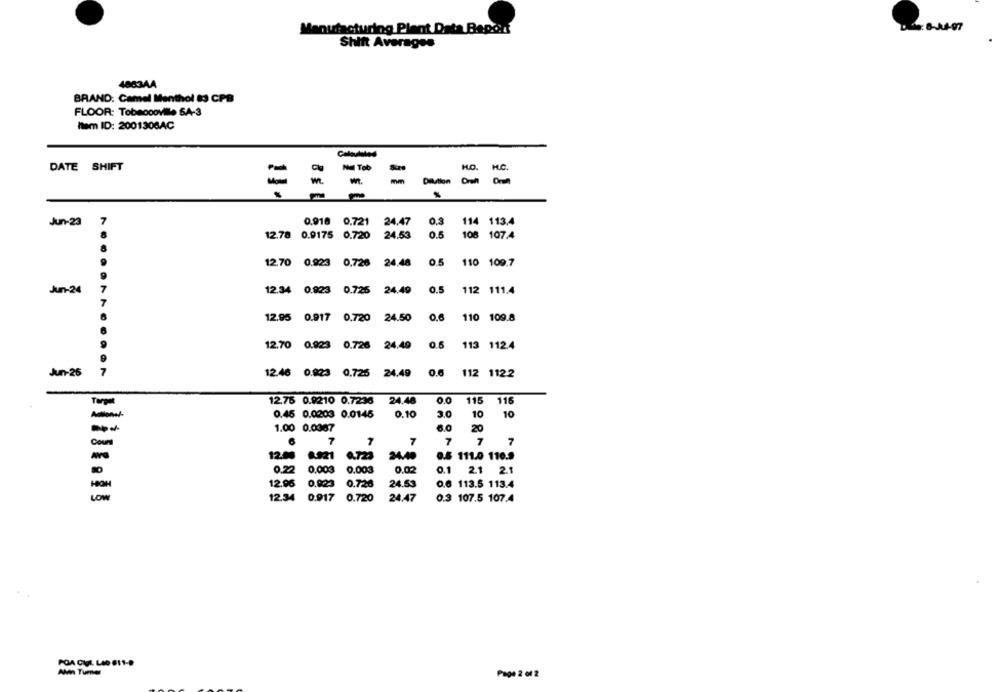
Manufacturing Plant Data Baport
Shift Averages
4883AA
BRAND: Camel Menthol 83 CPB
FLOOR: Tobaccoville SA-3
item ID: 2001306AC
DATE SHIFT
Mul Tob
HO. H.C.
mm
Dilution
7
0.918 0.721
24.47
114 113.4
Jun-23
12.78 0.9175 0.720 24.53
0.5
108 107.4
12.70 0.923 0.726
24.48
0.5
110 109.7
Jun-24
12.34 0.923 0.726
24.49
0.5
112 111.4
12.95 0.917 0.720
24.50
0.6
110 109.8
12.70 0.923 0.726
24.49
0.6 113 112.4
Jun-25
7
12.46 0.923 0,725
24.49
112 1122
12.75 0.9210 0.7236
24.48
0.0
115
116
0.45 0.0203 0.0145
0.10
3.0
10
10
-
1.00 0.0367
6.0
20
Coun
6
7
7
7
7
7
7
12.00
8.921
0.723
24.40
0.5 111.0 110.9
0.22
0.003
0.003
0.02
0.1
2.1 2.1
12.96
0.023
0.720
24.53
0.6 113.5 113.4
LOW
12.34
0.917
0.720
24.47
0.3 107.5 107.4
POA CIL LAD 611-D
Alvin Turner
Page 2 of 2